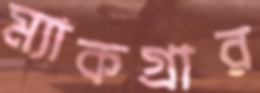
ম্যাকগ্রার